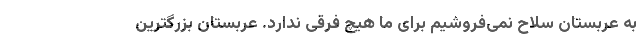
به عربستان سلاح نمی‌فروشیم برای ما هیچ فرقی ندارد. عربستان بزرگترین